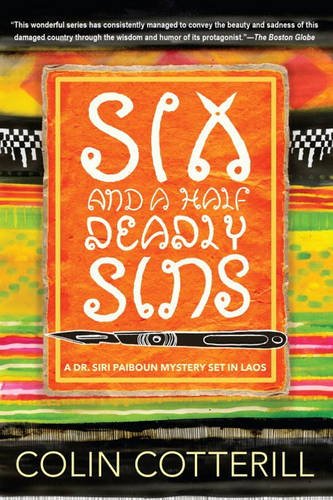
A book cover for Six and a Half Deadly Sins (A Dr. Siri Paiboun Mystery); Colin Cotterill; Mystery, Thriller & Suspense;